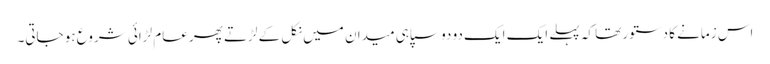
اس زمانے کا دستور تھا کہ پہلے ایک ایک دو دو سپاہی میدان میں نکل کے لڑتے پھر عام لڑائی شروع ہو جاتی۔